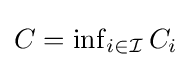
{\textstyle C=\inf _{i\in {\mathcal {I}}}C_{i}}